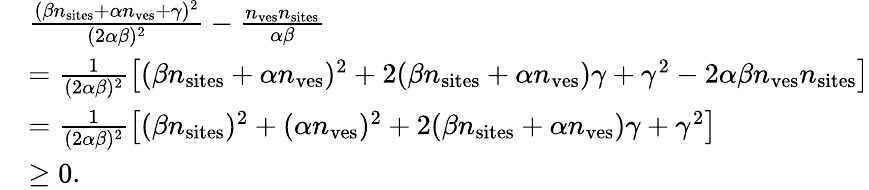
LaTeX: \begin{array}{rl}&{\frac{(\beta n_{\mathrm{sites}}+\alpha n_{\mathrm{ves}}+\gamma)^{2}}{(2\alpha\beta)^{2}}-\frac{n_{\mathrm{ves}}n_{\mathrm{sites}}}{\alpha\beta}}\\ &{=\frac{1}{(2\alpha\beta)^{2}}\left[(\beta n_{\mathrm{sites}}+\alpha n_{\mathrm{ves}})^{2}+2(\beta n_{\mathrm{sites}}+\alpha n_{\mathrm{ves}})\gamma+\gamma^{2}-2\alpha\beta n_{\mathrm{ves}}n_{\mathrm{sites}}\right]}\\ &{=\frac{1}{(2\alpha\beta)^{2}}\left[(\beta n_{\mathrm{sites}})^{2}+(\alpha n_{\mathrm{ves}})^{2}+2(\beta n_{\mathrm{sites}}+\alpha n_{\mathrm{ves}})\gamma+\gamma^{2}\right]}\\ &{\geq 0.}\end{array}